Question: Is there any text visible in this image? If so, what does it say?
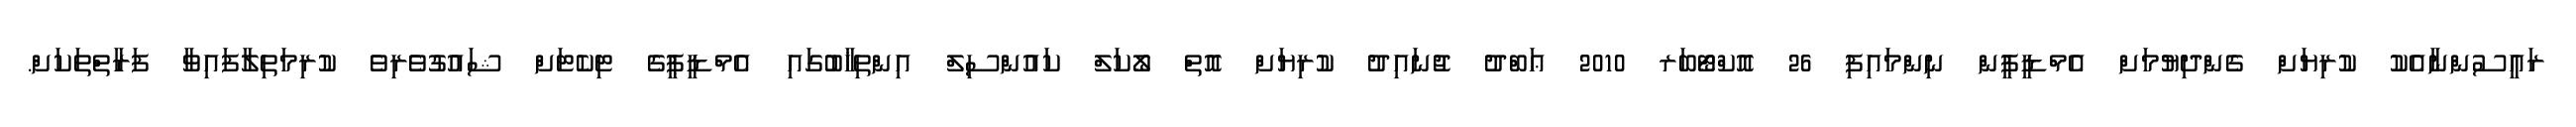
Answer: ރައީސުންނާއެކު ކުރިޔަށް ގެންދިޔުމަށް އެމްޑީޕީން ނިންމައިފި 26 އޮކްޓޯބަރ 2010 ޢަބްދު ޖުނައިދު ކުރިޔަށް އޮތް ލޯކަލް ކައުންސިލް އިންތިޚާބުގައި އެމްޑީޕީގެ ޓިކެޓަށް ޝައުގުވެރިވެ ކުރިމަތިލާފައިވާ ފަރާތްތަކަށް.